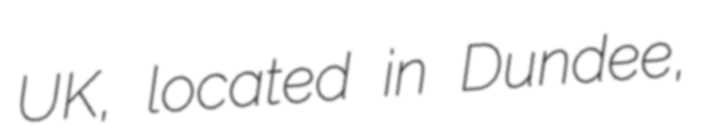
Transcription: UK, located in Dundee,